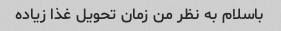
باسلام به نظر من زمان تحویل غذا زیاده